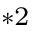
^ { * 2 }